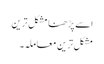
اسے پڑھنا مشکل ترین
مشکل ترین معاملہ۔